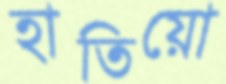
হাতিয়ো